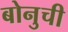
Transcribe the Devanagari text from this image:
बोनुची